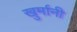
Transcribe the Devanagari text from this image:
खुर्मानी